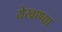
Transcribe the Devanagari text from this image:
येखाण्द्या